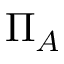
\Pi _ { A }